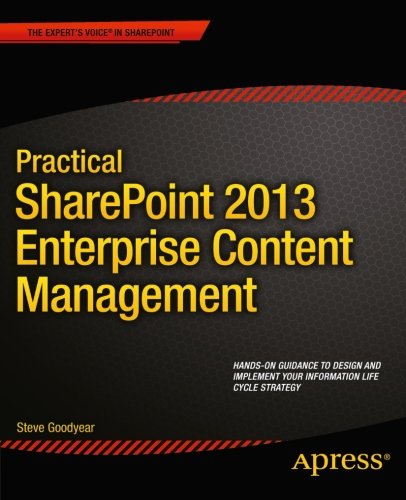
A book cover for Practical SharePoint 2013 Enterprise Content Management; Steve Goodyear; Computers & Technology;